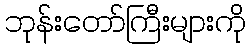
ဘုန်းတော်ကြီးများကို